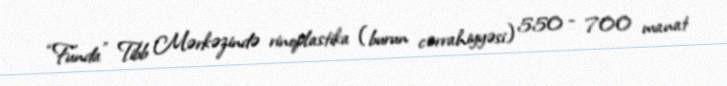
“Funda” Tibb Mərkəzində rinoplastika (burun cərrahiyyəsi) 550 - 700 manat